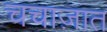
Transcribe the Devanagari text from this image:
चचाज़ात